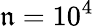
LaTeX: \mathfrak{n}=10^{4}